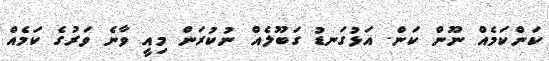
ކަންކަމެއް ނޫން ކަން. އަޅުގަނޑު ގަބޫލެއް ނުކުރަން މިއީ ވާނެ ވަރުގެ ކަމެއް